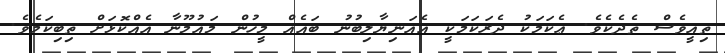
ތިއީވެސް ތެދެކެވެ. ޢެކަމަކު ދެރަކަމަކީ އެއަނިޔާލިބުނު ބައެއް މީހުން މައުމޫނާ އެއްކޮޅަށް ތިބިކަމެވެ.